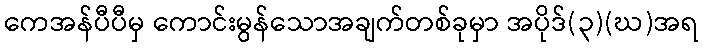
ကေအန်ပီပီမှ ကောင်းမွန်သောအချက်တစ်ခုမှာ အပိုဒ်(၃)(ဃ)အရ